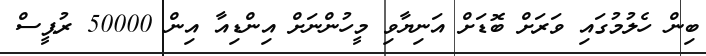
ބިން ހެލުމުގައި ވަރަށް ބޮޑަށް އަނިޔާވި މީހުންނަށް އިންޑިއާ އިން 50000 ރުޕީސް